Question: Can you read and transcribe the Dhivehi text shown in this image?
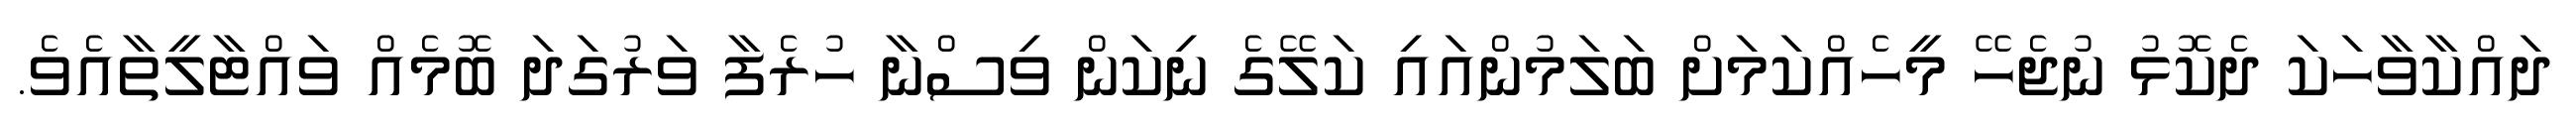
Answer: ދައްކާވާހަކަ ދެކޮޅު ނުޖެހޭ މީހެއްކަމަށް ބަލަމުންއައި ކަލޭގެ ނިކަން ވިސްނާ ހުރެފާ ވަރުގަދަ ބޮމެއް ވައްޓާލީތާއެވެ.